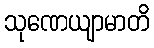
သုဏေယျာမာတိ